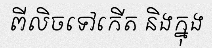
ពីលិចទៅកើត និងក្នុង